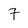
Character: 7